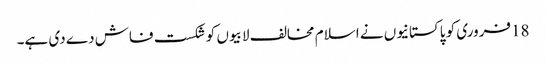
18فروری کو پاکستانیوں نے اسلام مخالف لابیوں کو شکست فاش دے دی ہے۔